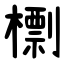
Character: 檦